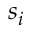
s _ { i }